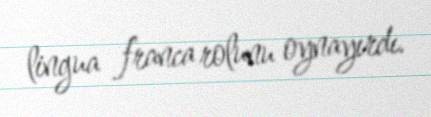
lingua franca rolunu oynayırdı.